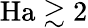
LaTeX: \mathrm{Ha}\gtrsim 2